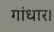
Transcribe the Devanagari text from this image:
गांधार।